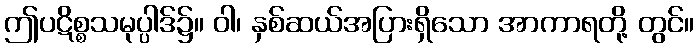
ဤပဋိစ္စသမုပ္ပါဒ်၌။ ဝါ၊ နှစ်ဆယ်အပြားရှိသော အာကာရတို့ တွင်။